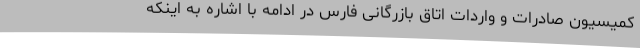
کمیسیون صادرات و واردات اتاق بازرگانی فارس در ادامه با اشاره به اینکه